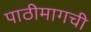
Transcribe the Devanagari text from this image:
पाठीमागची